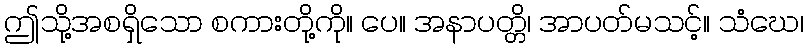
ဤသို့အစရှိသော စကားတို့ကို။ ပေ။ အနာပတ္တိ၊ အာပတ်မသင့်။ သံဃေ၊